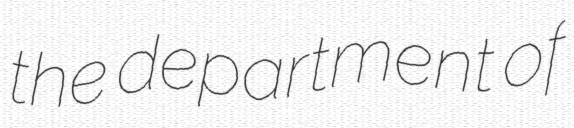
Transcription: the department of